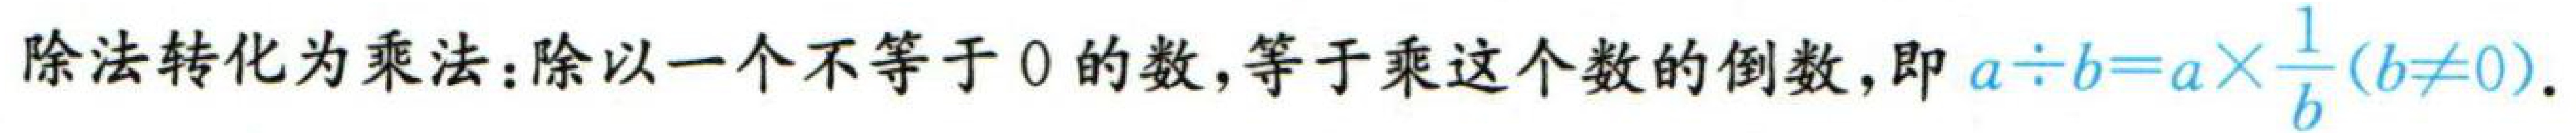
除法转化为乘法：除以一个不等于\(0\)的数，等于乘这个数的倒数，即\(a\div b = a\times\frac{1}{b}(b\neq0)\)。